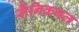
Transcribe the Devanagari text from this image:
सैनिकबल